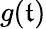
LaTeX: g(\mathfrak{t})